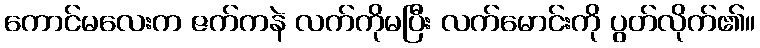
ကောင်မလေးက ဇက်ကနဲ လက်ကိုမပြီး လက်မောင်းကို ပွတ်လိုက်၏။